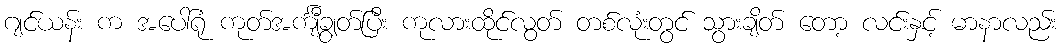
ဂျင်ယန်း က အပေါ်ရုံ ကုတ်အင်္ကျီချွတ်ပြီး ကုလားထိုင်လွတ် တစ်လုံးတွင် သွားချိတ် တော့ လင်းနှင့် မာနာလည်း